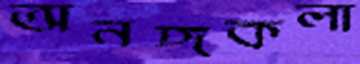
অনঙ্গকলা